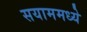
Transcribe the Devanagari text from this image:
सयाममध्ये